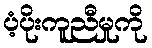
ပံ့ပိုးကူညီမှုကို